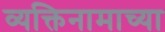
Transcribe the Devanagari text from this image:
व्यक्तिनामाच्या